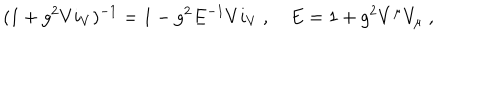
( 1 + g ^ { 2 } V i _ { V } ) ^ { - 1 } = 1 - g ^ { 2 } E ^ { - 1 } V i _ { V } \ , \quad E = 1 + g ^ { 2 } V ^ { \mu } V _ { \mu } \ ,